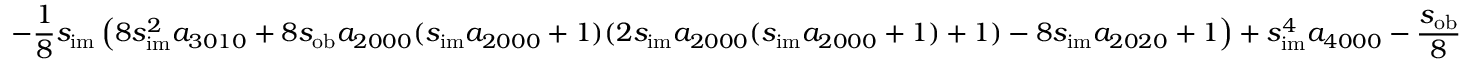
- \frac { 1 } { 8 } s _ { \mathrm { i m } } \left( 8 s _ { \mathrm { i m } } ^ { 2 } a _ { 3 0 1 0 } + 8 s _ { \mathrm { o b } } a _ { 2 0 0 0 } ( s _ { \mathrm { i m } } a _ { 2 0 0 0 } + 1 ) ( 2 s _ { \mathrm { i m } } a _ { 2 0 0 0 } ( s _ { \mathrm { i m } } a _ { 2 0 0 0 } + 1 ) + 1 ) - 8 s _ { \mathrm { i m } } a _ { 2 0 2 0 } + 1 \right) + s _ { \mathrm { i m } } ^ { 4 } a _ { 4 0 0 0 } - \frac { s _ { \mathrm { o b } } } { 8 }